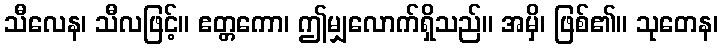
သီလေန၊ သီလဖြင့်။ ဧတ္တကော၊ ဤမျှလောက်ရှိသည်။ အမှိ၊ ဖြစ်၏။ သုတေန၊